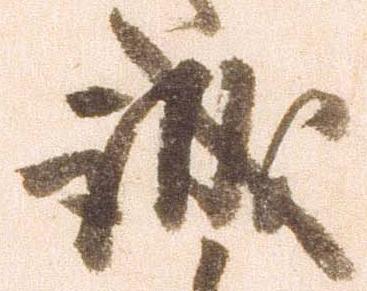
誠